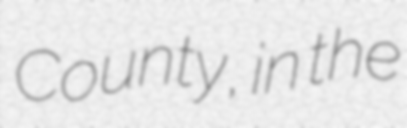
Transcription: County, in the